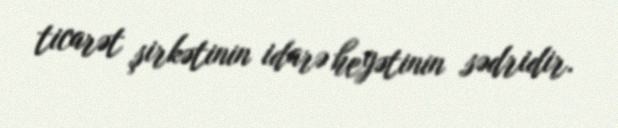
ticarət şirkətinin idarə heyətinin sədridir.